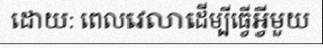
ដោយ: ពេលវេលាដើម្បីធ្វើអ្វីមួយ